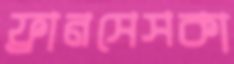
ফ্রানসেসকা